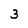
Character: 3